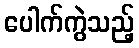
ပေါက်ကွဲသည့်